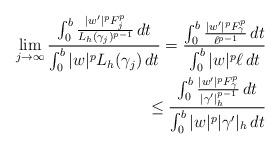
LaTeX: \begin{align*}\lim_{j \to \infty} \frac{ \int_0^b \frac{| w' |^p F_j^p}{L_h(\gamma_j)^{p-1}} \,dt}{\int_0^b | w |^p L_h(\gamma_j) \,dt}= \frac{ \int_0^b \frac{| w' |^p F_\gamma^p}{\ell^{p-1}} \,dt}{\int_0^b | w |^p \ell \,dt} \\\le \frac{ \int_0^b \frac{| w' |^p F_\gamma^p}{|\gamma'|_h^{p-1}} \,dt}{\int_0^b | w |^p |\gamma'|_h \,dt}\end{align*}